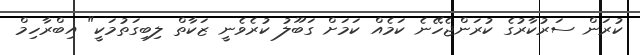
ކުރަން ސަރުކާރުގެ ކުރަންޖެހޭނެ ކަމެއް ކަމަށް ގަބޫލު ކުރެވެނީ ޒަކާތް ލިބިގަތުމަކީ" އިބްރާހިމް